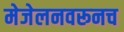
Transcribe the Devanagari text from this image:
मेजेलनवरूनच